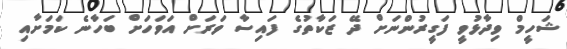
ޝަހީމް ވިދާޅުވީ ފަގީރުންނަށް ދޭ ޒަކާތުގެ ފައިސާ ވަރަށް އަވަހަށް ބަހާނެ ކަމަށާއި